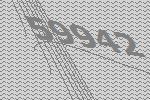
59942